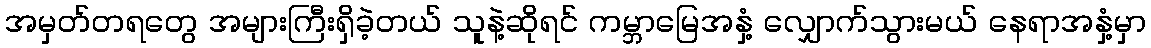
အမှတ်တရတွေ အများကြီးရှိခဲ့တယ် သူနဲ့ဆိုရင် ကမ္ဘာမြေအနှံ့ လျှောက်သွားမယ် နေရာအနှံ့မှာ